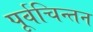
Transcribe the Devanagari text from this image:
पूर्वचिन्तन